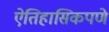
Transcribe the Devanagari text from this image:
ऐतिहासिकपणे